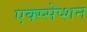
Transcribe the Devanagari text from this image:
एक्स्सेप्शन